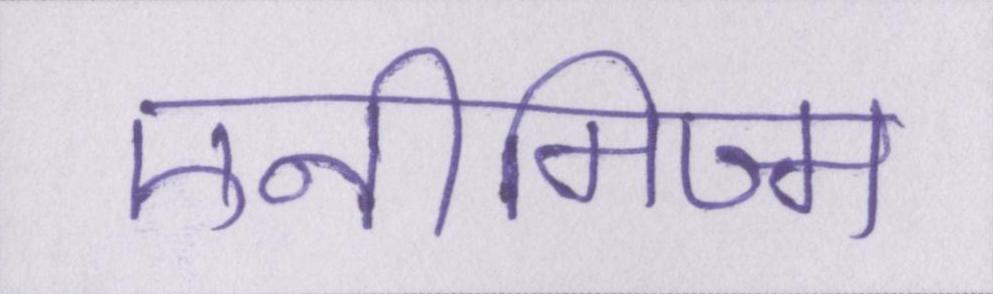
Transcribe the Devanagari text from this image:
एनीमिज्म